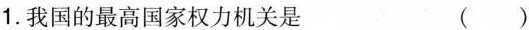
1.我国的最高国家权力机关是 ( ）